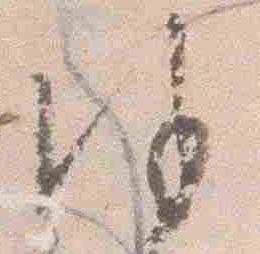
謹